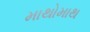
માથોમાથ